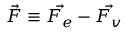
\vec { F } \equiv \vec { F _ { e } } - \vec { F _ { v } }